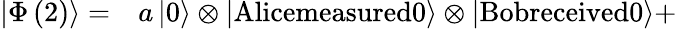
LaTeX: \begin{array}{rl}{\left|\Phi\left(2\right)\right\rangle=}&{{}a\left|0\right\rangle\otimes\left|\textrm{Alicemeasured0}\right\rangle\otimes\left|\textrm{Bobreceived0}\right\rangle+}\end{array}